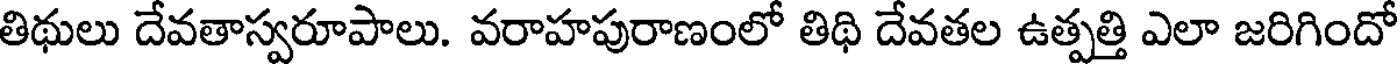
తిథులు దేవతాస్వరూపాలు. వరాహపురాణంలో తిథి దేవతల ఉత్పత్తి ఎలా జరిగిందో